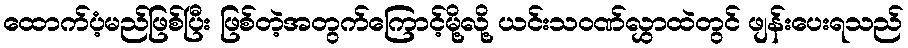
ထောက်ပံ့မည်ဖြစ်ပြီး ဖြစ်တဲ့အတွက်ကြောင့်မို့လို့ ယင်းသဝဏ်လွှာထဲတွင် ဖျန်းပေးရသည်